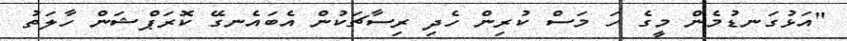
"އަޅުގަނޑުމެން މީގެ ހަ މަސް ކުރިން ހެދި ރިސާޗަކުން އެބައެނގޭ ކޮރަޕްޝަން ހާލަތު